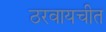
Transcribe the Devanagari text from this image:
ठरवायचीत